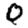
Digit: 0